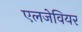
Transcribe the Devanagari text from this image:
एलजेवियर